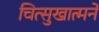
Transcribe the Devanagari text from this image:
चित्सुखात्मने